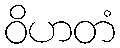
ဝိဟတံ